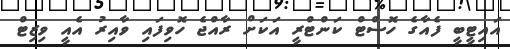
އަައިޓީބީ ފެއާގެ ހޮސްޓް ކަންޓްރީ އަކަށް ރާއްޖެ ހޮވިފައި ވާއިރު އެއީ ވިޒިޓް